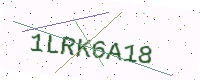
Text: 1LRK6A18